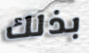
بذلك